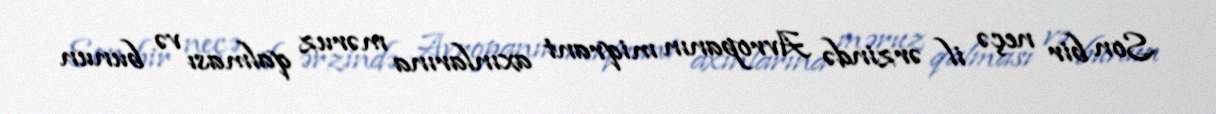
Son bir neçə il ərzində Avropanın miqrant axınlarına məruz qalması və bunun